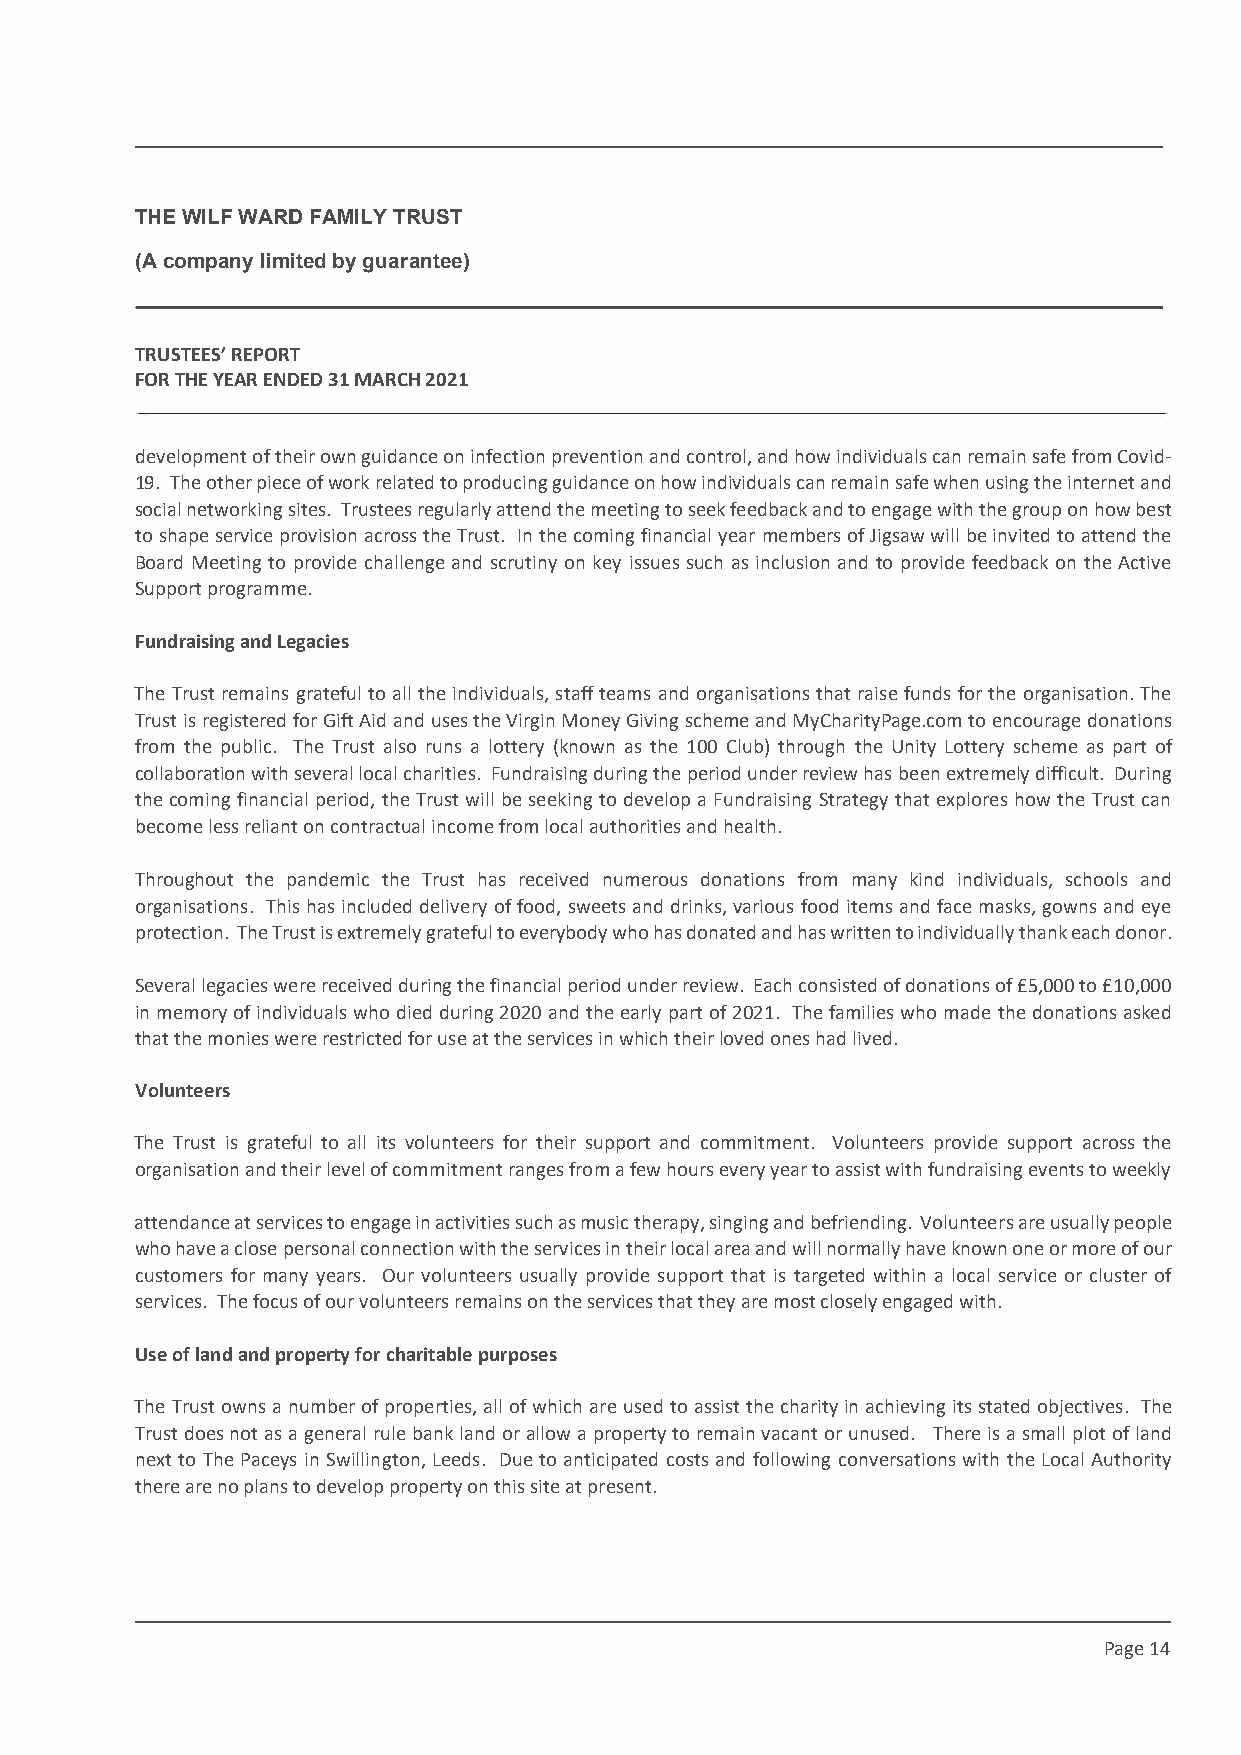
This draft produced on 28/7/2021 11:34
 THE WILF WARD FAMILY TRUST
 (A company limited by guarantee)
 TRUSTEES’ REPORT
 FOR THE YEAR ENDED 31 MARCH 2021
 development of their own guidance on infection prevention and control, and how individuals can remain safe from Covid-
 19. The other piece of work related to producing guidance on how individuals can remain safe when using the internet and
 social networking sites. Trustees regularly attend the meeting to seek feedback and to engage with the group on how best
 to shape service provision across the Trust. In the coming financial year members of Jigsaw will be invited to attend the
 Board Meeting to provide challenge and scrutiny on key issues such as inclusion and to provide feedback on the Active
 Support programme.
 Fundraising and Legacies
 The Trust remains grateful to all the individuals, staff teams and organisations that raise funds for the organisation. The
 Trust is registered for Gift Aid and uses the Virgin Money Giving scheme and MyCharityPage.com to encourage donations
 from the public. The Trust also runs a lottery (known as the 100 Club) through the Unity Lottery scheme as part of
 collaboration with several local charities. Fundraising during the period under review has been extremely difficult. During
 the coming financial period, the Trust will be seeking to develop a Fundraising Strategy that explores how the Trust can
 become less reliant on contractual income from local authorities and health.
 Throughout the pandemic the Trust has received numerous donations from many kind individuals, schools and
 organisations. This has included delivery of food, sweets and drinks, various food items and face masks, gowns and eye
 protection. The Trust is extremely grateful to everybody who has donated and has written to individually thank each donor.
 Several legacies were received during the financial period under review. Each consisted of donations of £5,000 to £10,000
 in memory of individuals who died during 2020 and the early part of 2021. The families who made the donations asked
 that the monies were restricted for use at the services in which their loved ones had lived.
 Volunteers
 The Trust is grateful to all its volunteers for their support and commitment. Volunteers provide support across the
 organisation and their level of commitment ranges from a few hours every year to assist with fundraising events to weekly
 attendance at services to engage in activities such as music therapy, singing and befriending. Volunteers are usually people
 who have a close personal connection with the services in their local area and will normally have known one or more of our
 customers for many years. Our volunteers usually provide support that is targeted within a local service or cluster of
 services. The focus of our volunteers remains on the services that they are most closely engaged with.
 Use of land and property for charitable purposes
 The Trust owns a number of properties, all of which are used to assist the charity in achieving its stated objectives. The
 Trust does not as a general rule bank land or allow a property to remain vacant or unused. There is a small plot of land
 next to The Paceys in Swillington, Leeds. Due to anticipated costs and following conversations with the Local Authority
 there are no plans to develop property on this site at present.
 Page 14